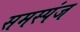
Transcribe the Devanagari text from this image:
समस्पंज